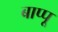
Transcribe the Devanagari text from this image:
बाप्पू